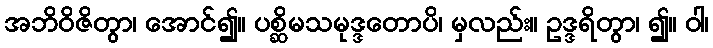
အဘိဝိဇိတွာ၊ အောင်၍။ ပစ္ဆိမသမုဒ္ဒတောပိ၊ မှလည်း။ ဥဒ္ဒရိတွာ၊ ၍။ ဝါ၊